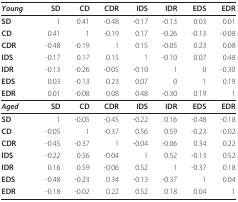
<table><thead><tr><td><b><i>Young</i></b></td><td><b>SD</b></td><td><b>CD</b></td><td><b>CDR</b></td><td><b>IDS</b></td><td><b>IDR</b></td><td><b>EDS</b></td><td><b>EDR</b></td></tr></thead><tbody><tr><td><b>SD</b></td><td>1</td><td>0.41</td><td>-0.48</td><td>-0.17</td><td>-0.13</td><td>0.03</td><td>0.01</td></tr><tr><td><b>CD</b></td><td>0.41</td><td>1</td><td>-0.19</td><td>0.17</td><td>-0.26</td><td>-0.13</td><td>-0.08</td></tr><tr><td><b>CDR</b></td><td>-0.48</td><td>-0.19</td><td>1</td><td>0.15</td><td>-0.05</td><td>0.23</td><td>0.08</td></tr><tr><td><b>IDS</b></td><td>-0.17</td><td>0.17</td><td>0.15</td><td>1</td><td>-0.10</td><td>0.07</td><td>0.48</td></tr><tr><td><b>IDR</b></td><td>-0.13</td><td>-0.26</td><td>-0.05</td><td>-0.10</td><td>1</td><td>0</td><td>-0.30</td></tr><tr><td><b>EDS</b></td><td>0.03</td><td>-0.13</td><td>0.23</td><td>0.07</td><td>0</td><td>1</td><td>0.19</td></tr><tr><td><b>EDR</b></td><td>0.01</td><td>-0.08</td><td>0.08</td><td>0.48</td><td>-0.30</td><td>0.19</td><td>1</td></tr><tr><td><b><i>Aged</i></b></td><td><b>SD</b></td><td><b>CD</b></td><td><b>CDR</b></td><td><b>IDS</b></td><td><b>IDR</b></td><td><b>EDS</b></td><td><b>EDR</b></td></tr><tr><td><b>SD</b></td><td>1</td><td>-0.05</td><td>-0.45</td><td>-0.22</td><td>0.16</td><td>-0.48</td><td>-0.18</td></tr><tr><td><b>CD</b></td><td>-0.05</td><td>1</td><td>-0.37</td><td>0.56</td><td>0.59</td><td>-0.23</td><td>-0.02</td></tr><tr><td><b>CDR</b></td><td>-0.45</td><td>-0.37</td><td>1</td><td>-0.04</td><td>-0.06</td><td>0.34</td><td>0.22</td></tr><tr><td><b>IDS</b></td><td>-0.22</td><td>0.56</td><td>-0.04</td><td>1</td><td>0.52</td><td>-0.13</td><td>0.52</td></tr><tr><td><b>IDR</b></td><td>0.16</td><td>0.59</td><td>-0.06</td><td>0.52</td><td>1</td><td>-0.37</td><td>0.18</td></tr><tr><td><b>EDS</b></td><td>-0.48</td><td>-0.23</td><td>0.34</td><td>-0.13</td><td>-0.37</td><td>1</td><td>0.04</td></tr><tr><td><b>EDR</b></td><td>-0.18</td><td>-0.02</td><td>0.22</td><td>0.52</td><td>0.18</td><td>0.04</td><td>1</td></tr></tbody></table>